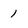
Character: 1